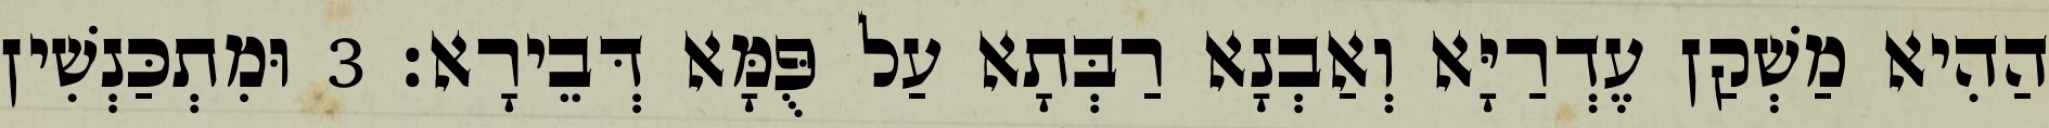
הַהִיא מַשְׁקַן עֶדְרַיָּא וְאַבְנָא רַבְּתָא עַל פֻּמָּא דְּבֵירָא׃ 3 וּמִתְכַּנְשִׁין